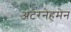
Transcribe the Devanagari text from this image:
अंटरनेहमेन